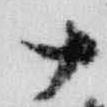
十